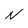
Character: N